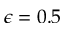
\epsilon = 0 . 5